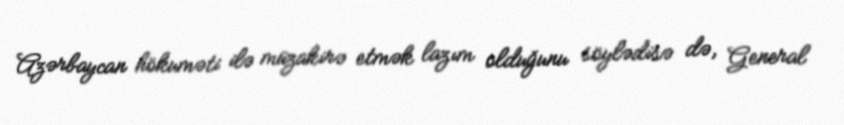
Azərbaycan hökuməti ilə müzakirə etmək lazım olduğunu söylədisə də, General